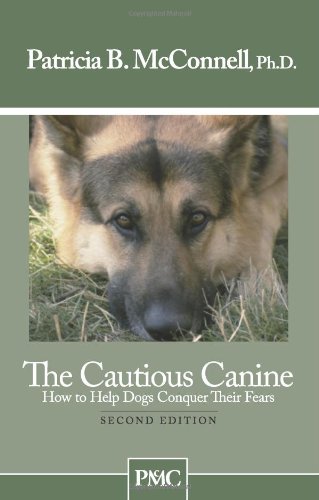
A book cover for The Cautious Canine-How to Help Dogs Conquer Their Fears; Patricia B. McConnell; Crafts, Hobbies & Home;